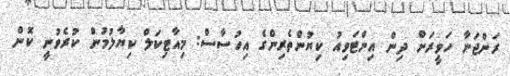
ރަންޖަނާ ހަވީރަށް ދިން އިންޓަވިއު ކިޔުންތެރިންގެ އިހުސާސް: މިއާޓިކަލް ކިޔާލުމުން ކުރެވުނީ ކޮން